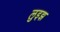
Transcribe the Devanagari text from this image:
लुइझ